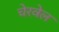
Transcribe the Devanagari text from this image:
चेरवेल